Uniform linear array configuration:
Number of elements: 8
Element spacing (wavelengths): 0.5
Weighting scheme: exponential
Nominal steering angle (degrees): -30
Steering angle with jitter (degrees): -29.344
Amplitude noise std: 0.05
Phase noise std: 0.05

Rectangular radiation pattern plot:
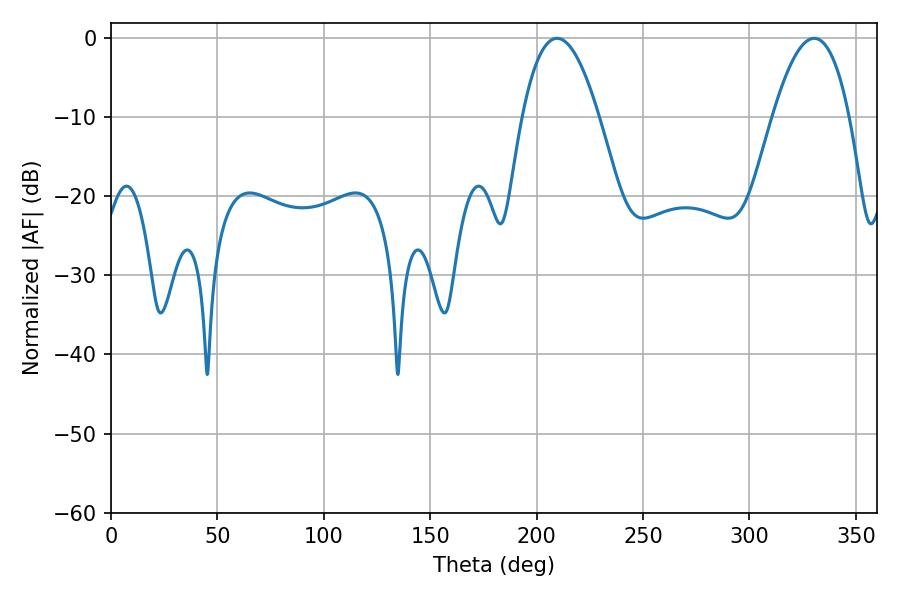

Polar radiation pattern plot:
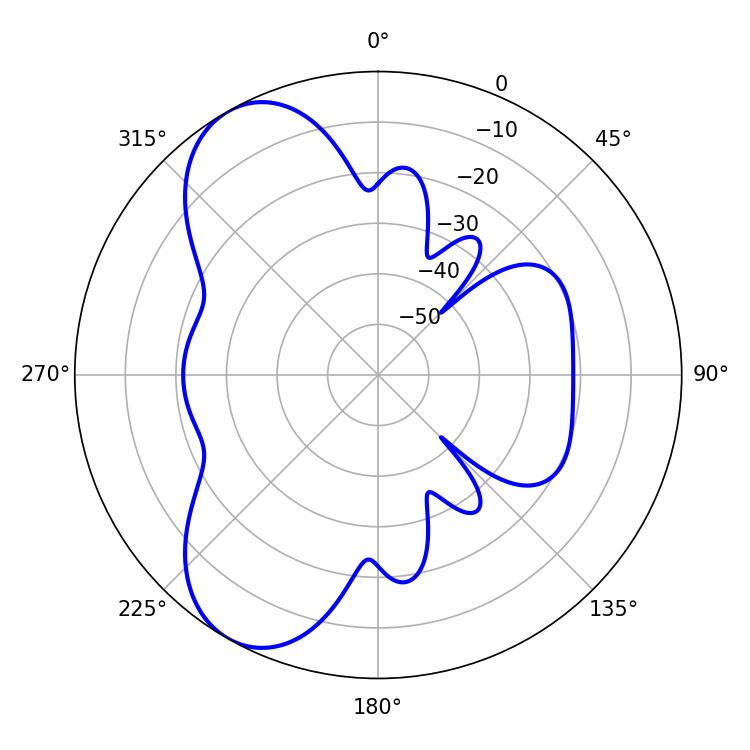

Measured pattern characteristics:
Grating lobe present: FALSE
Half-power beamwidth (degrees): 19.8
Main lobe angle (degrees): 209.52